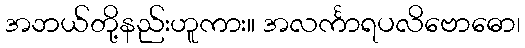
အဘယ်တို့နည်းဟူကား။ အလင်္ကာရပလိဗောဓော၊